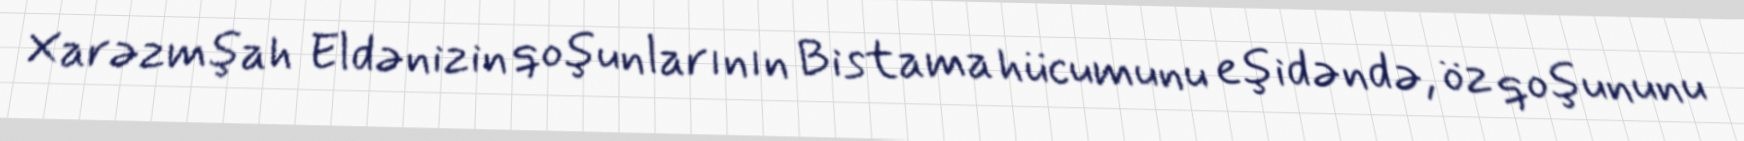
Xarəzmşah Eldənizin qoşunlarının Bistama hücumunu eşidəndə, öz qoşununu